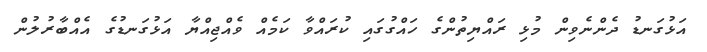
އަޅުގަނޑު ދެންނެވިން މުޅި ރައްޔިތުންގެ ހައްގުގައި ކުރައްވާ ކަމެއް ވެއްޖިއްޔާ އަޅުގަނޑުގެ އެއްބާރުލުން